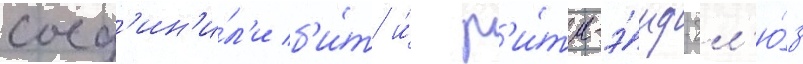
соед'ин'и́л'и б'и́т и́ р'и́тм-э́нд-бл'ю́з